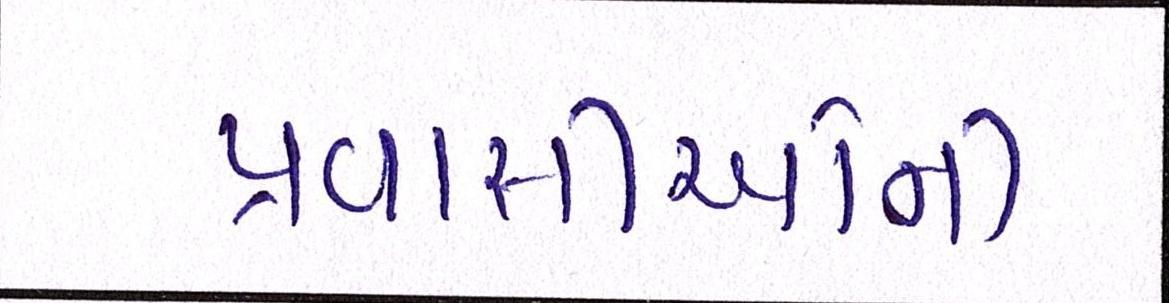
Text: પ્રવાસીઓની